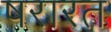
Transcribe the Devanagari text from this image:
षरारत